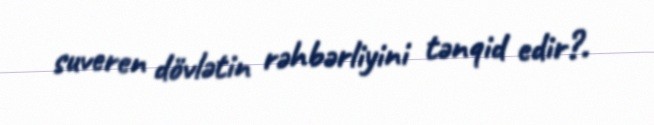
suveren dövlətin rəhbərliyini tənqid edir?.